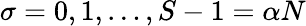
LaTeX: \sigma=0,1,\dots,S-1=\alpha N